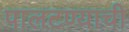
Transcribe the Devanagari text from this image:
पालटण्याची